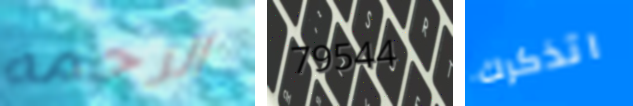
الرحمه 79544 اتذكرك